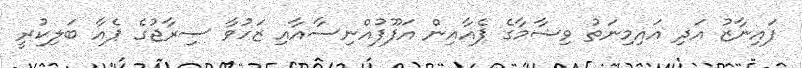
ފައިނާޒު އަދި އައިމިނަތު ވިޝާމާގެ ޕެއާއިން އަފޫފުއްނިސާއާއި ޒަހުވާ ސިރާޖުގެ ޕެއާ ބަލިކުރީ